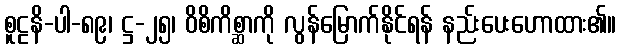
စူဠနိ-ပါ-၈၉၊ ဋ္ဌ-၂၅၊ ဝိစိကိစ္ဆာကို လွန်မြောက်နိုင်ရန် နည်းပေးဟောထား၏။